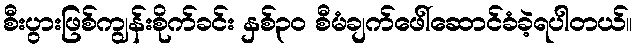
စီးပွားဖြစ်ကျွန်းစိုက်ခင်း နှစ်၃၀ စီမံချက်ဖေါ်ဆောင်ခံခဲ့ရပါတယ်။